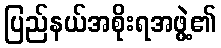
ပြည်နယ်အစိုးရအဖွဲ့၏